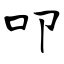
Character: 叩